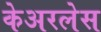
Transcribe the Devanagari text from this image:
केअरलेस